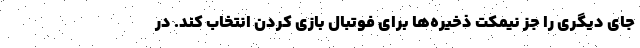
جای دیگری را جز نیمکت ذخیره‌ها برای فوتبال بازی کردن انتخاب کند. در